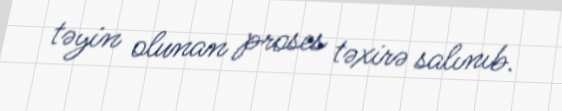
təyin olunan proses təxirə salınıb.